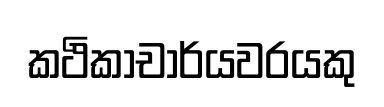
කථිකාචාර්යවරයකු